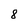
Character: 8